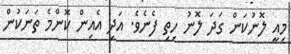
މިއީ ލޮނުކަން ގަދަ ލޮނު ހިތި ފެނެވެ. އަދި އެއިން ކޮންމެ ތަނަކުން